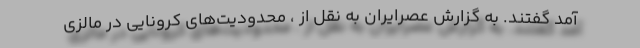
آمد گفتند. به گزارش عصرایران به نقل از ، محدودیت‌های کرونایی در مالزی